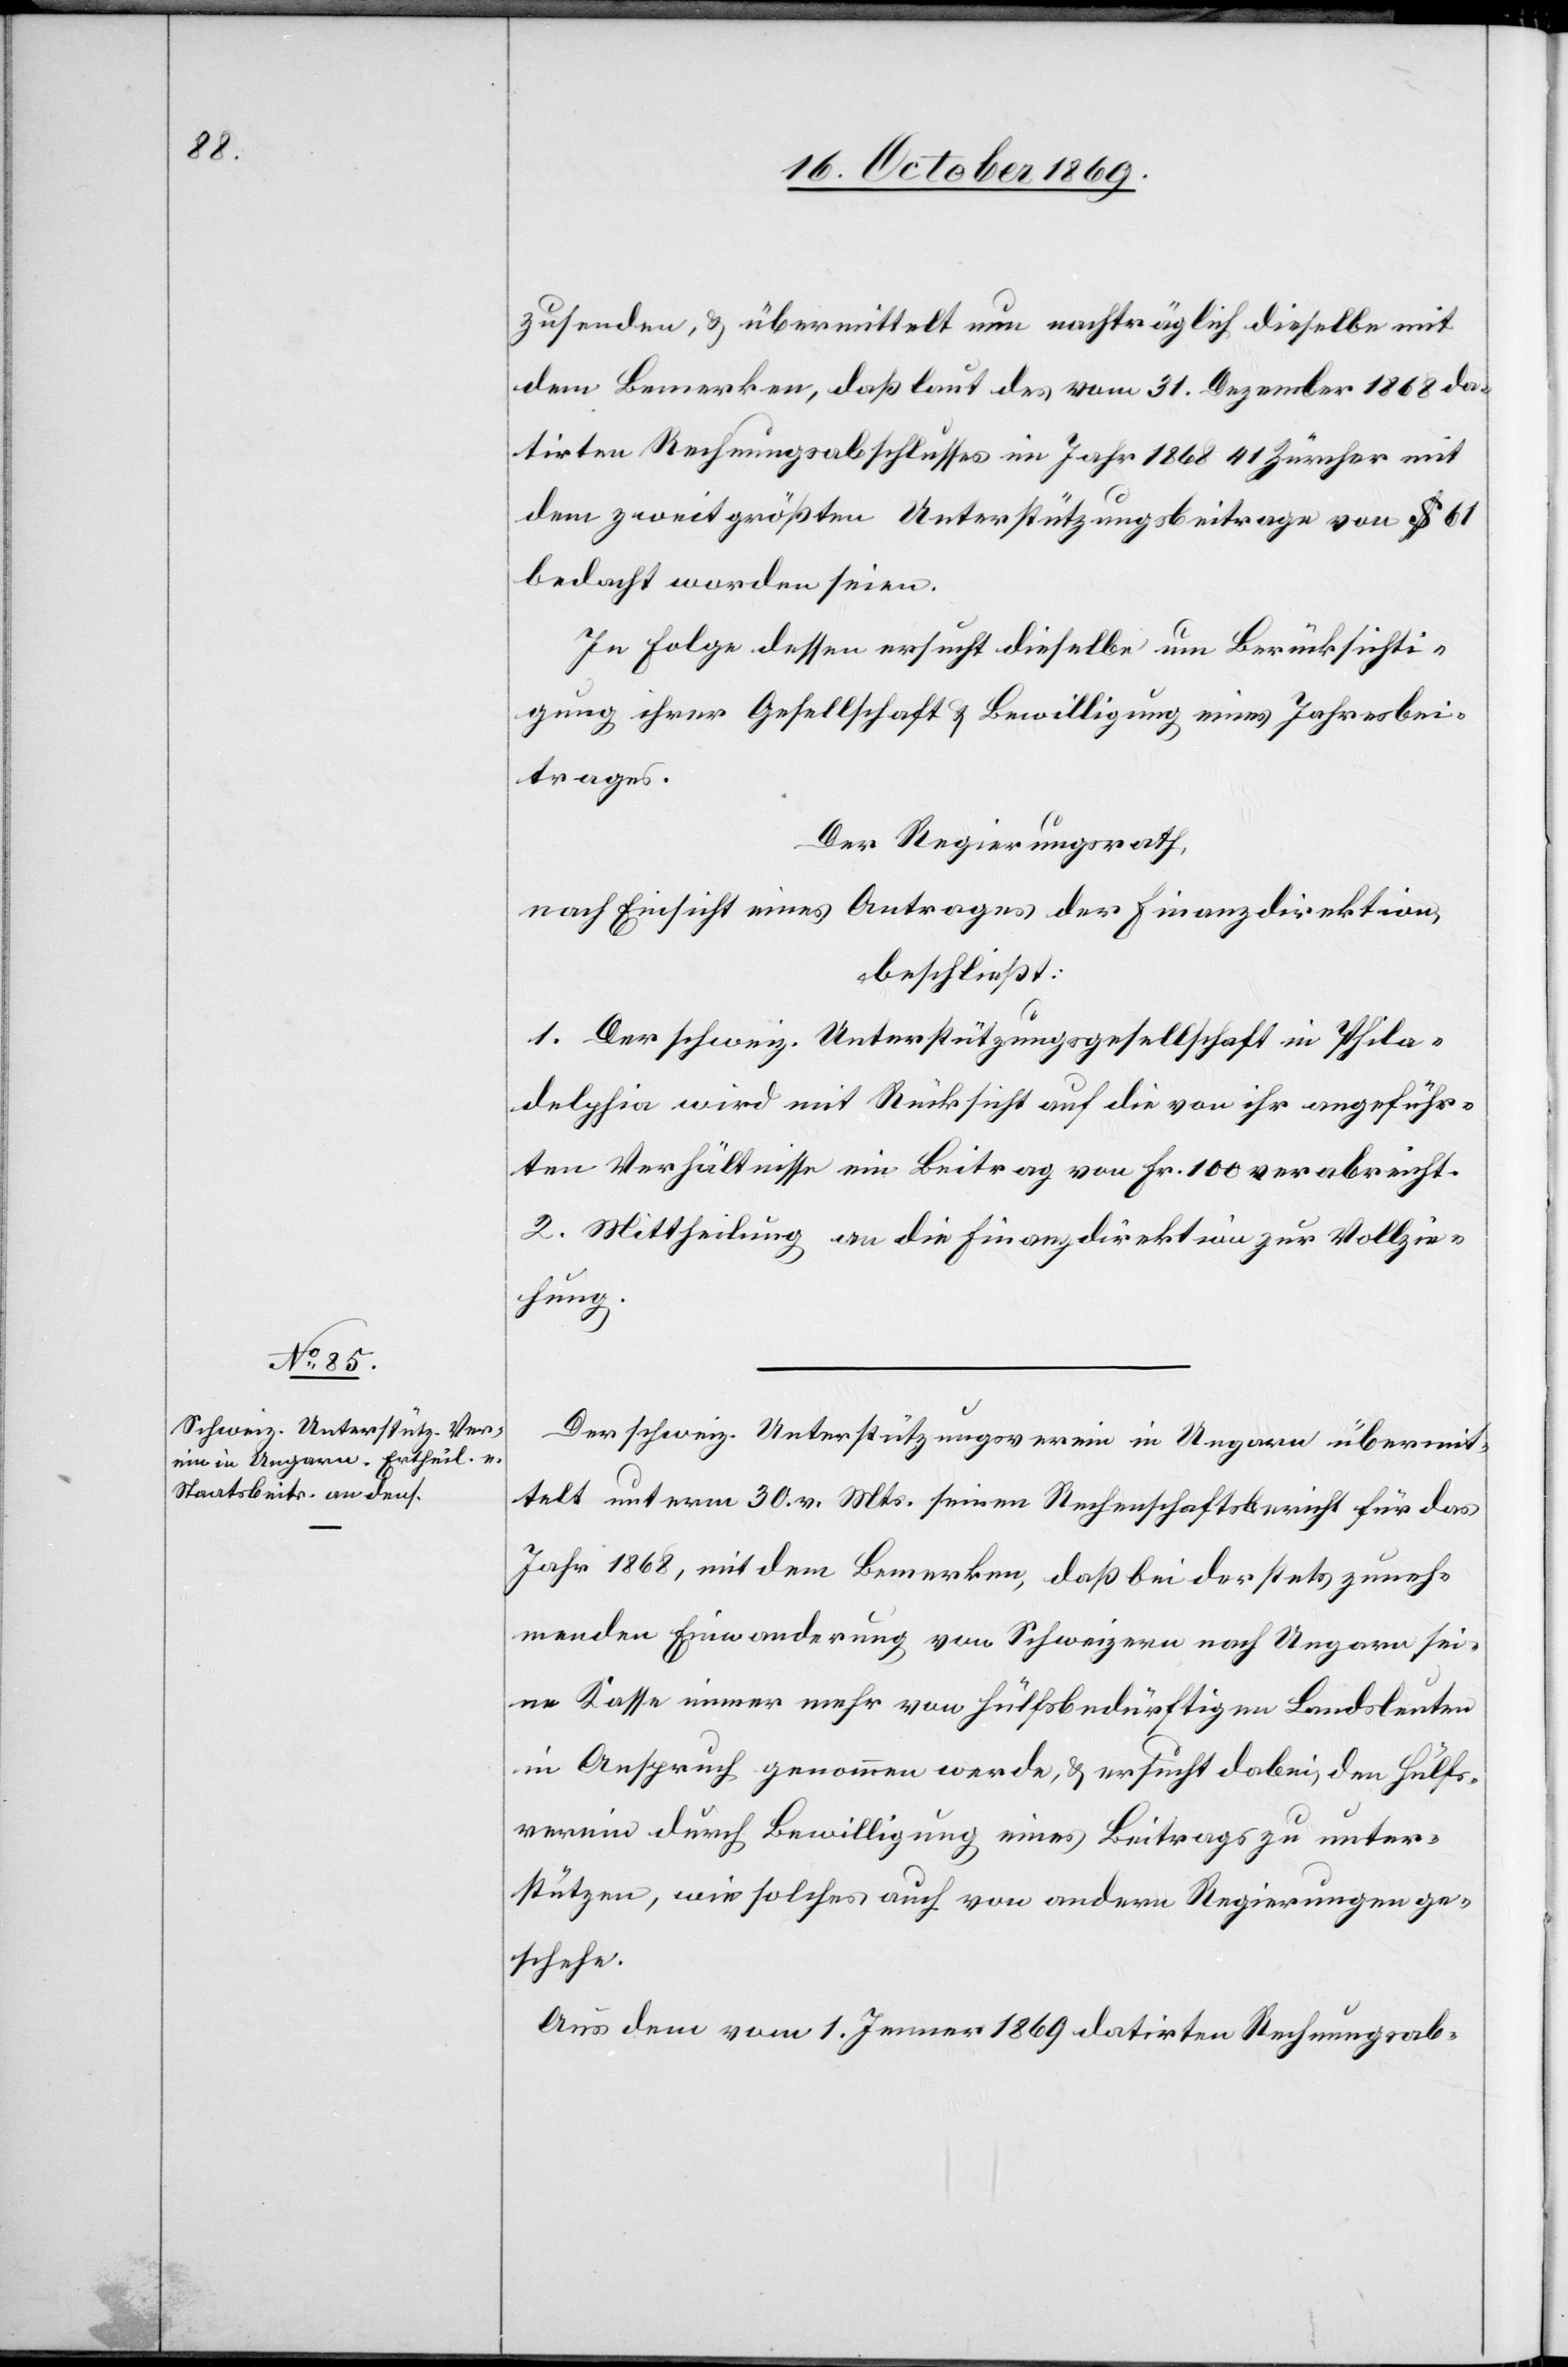
zusenden, & übermittelt nun nachträglich dieselbe mit
dem Bemerken, daß laut des vom 31. Dezember 1868 da¬
tirten Rechnungsabschlusses im Jahr 1868 41 Zürcher mit
dem zweitgrößten Unterstützungsbeitrage von $ 61
bedacht worden seien.
In Folge dessen ersucht dieselbe um Berücksichti¬
gung ihrer Gesellschaft & Bewilligung eines Jahresbei¬
trages.
Der Regierungsrath,
nach Einsicht eines Antrages der Finanzdirektion,
beschließt:
1. Der schweiz. Unterstützungsgesellschaft in Phila¬
delphia wird mit Rücksicht auf die von ihr angeführ¬
ten Verhältnisse ein Beitrag von Fr. 100 verabreicht.
2. Mittheilung an die Finanzdirektion zur Vollzie¬
hung.
Der schweiz. Unterstützungsverein in Ungarn übermit¬
telt unterm 30. v. Mts. seinen Rechenschaftsbericht für das
Jahr 1868, mit dem Bemerken, daß bei der stets zuneh¬
menden Einwanderung von Schweizern nach Ungarn sei¬
ne Kasse immer mehr von Hülfsbedürftigen Landsleuten
in Anspruch genommen werde, & ersucht dabei, den Hülfs¬
verein durch Bewilligung eines Beitrags zu unter¬
stützen, wie solches auch von andern Regierungen ge¬
schehe.
Aus dem vom 1. Jenner 1869 datirten Rechnungsab-